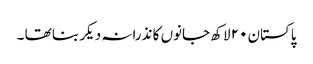
پاکستان ٢٠ لاکھ جانوں کا نذرانہ دیکر بنا تھا ۔